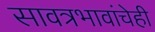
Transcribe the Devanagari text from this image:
सावत्रभावांचेही